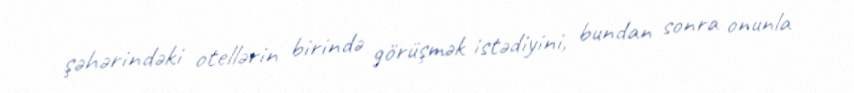
şəhərindəki otellərin birində görüşmək istədiyini, bundan sonra onunla